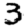
Digit: 3